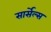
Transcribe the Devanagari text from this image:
सार्सेल्स